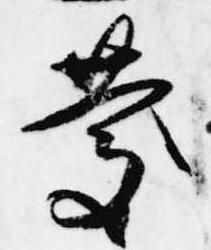
慶